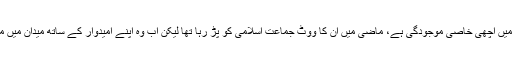
اللہ اکبر تحریک، ملی مسلم لیگ (جماعت الدعوہ) کی ملاکنڈ ڈویژن میں اچھی خاصی موجودگی ہے، ماضی میں ان کا ووٹ جماعت اسلامی کو پڑ رہا تھا لیکن اب وہ اپنے امیدوار کے ساتھ میدان میں موجود ہیں جس سے جماعت اسلامی کی پریشانی میں اضافہ ہوا ہے۔